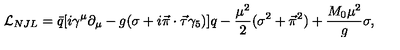
{ \cal L } _ { N J L } = \bar { q } [ i \gamma ^ { \mu } \partial _ { \mu } - g ( \sigma + i \vec { \pi } \cdot \vec { \tau } \gamma _ { 5 } ) ] q - { \frac { \mu ^ { 2 } } { 2 } } ( \sigma ^ { 2 } + \vec { \pi } ^ { 2 } ) + { \frac { M _ { 0 } \mu ^ { 2 } } { g } } \sigma ,